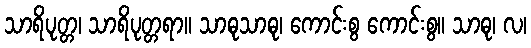
သာရိပုတ္တ၊ သာရိပုတ္တရာ။ သာဓုသာဓု၊ ကောင်းစွ ကောင်းစွ။ သာဓု၊ လ၊